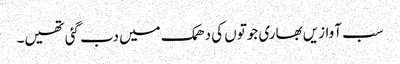
سب آوازیں بھاری جوتوں کی دھمک میں دب گئی تھیں۔